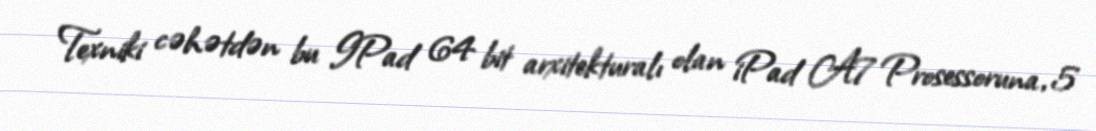
Texniki cəhətdən bu IPad 64 bit arxitekturalı olan iPad A7 Prosessoruna, 5